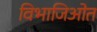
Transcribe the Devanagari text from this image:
विभाजिओत